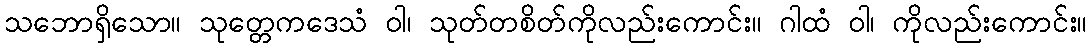
သဘောရှိသော။ သုတ္တေကဒေသံ ဝါ၊ သုတ်တစိတ်ကိုလည်းကောင်း။ ဂါထံ ဝါ၊ ကိုလည်းကောင်း။